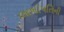
લાખોપતિની